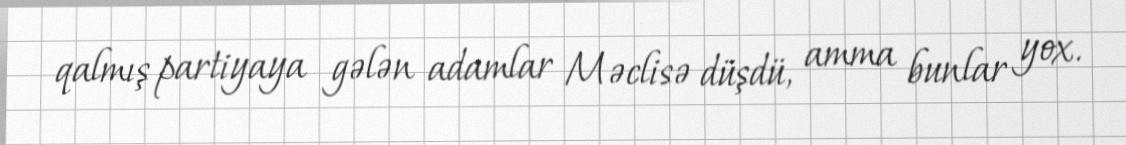
qalmış partiyaya gələn adamlar Məclisə düşdü, amma bunlar yox.